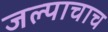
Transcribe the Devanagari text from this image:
जल्पाचाच